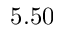
5 . 5 0